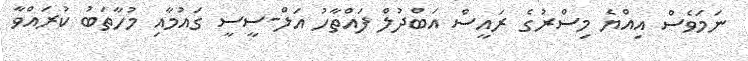
ނަމަވެސް އިއްޔެ މިސްރުގެ ރައީސް އަބްދުލް ފައްތާހު އަލް-ސީސީ ގައުމާއި މުހާތަބު ކުރައްވާ